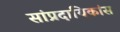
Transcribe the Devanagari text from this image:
सांप्रदायिकांस